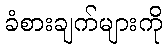
ခံစားချက်များကို